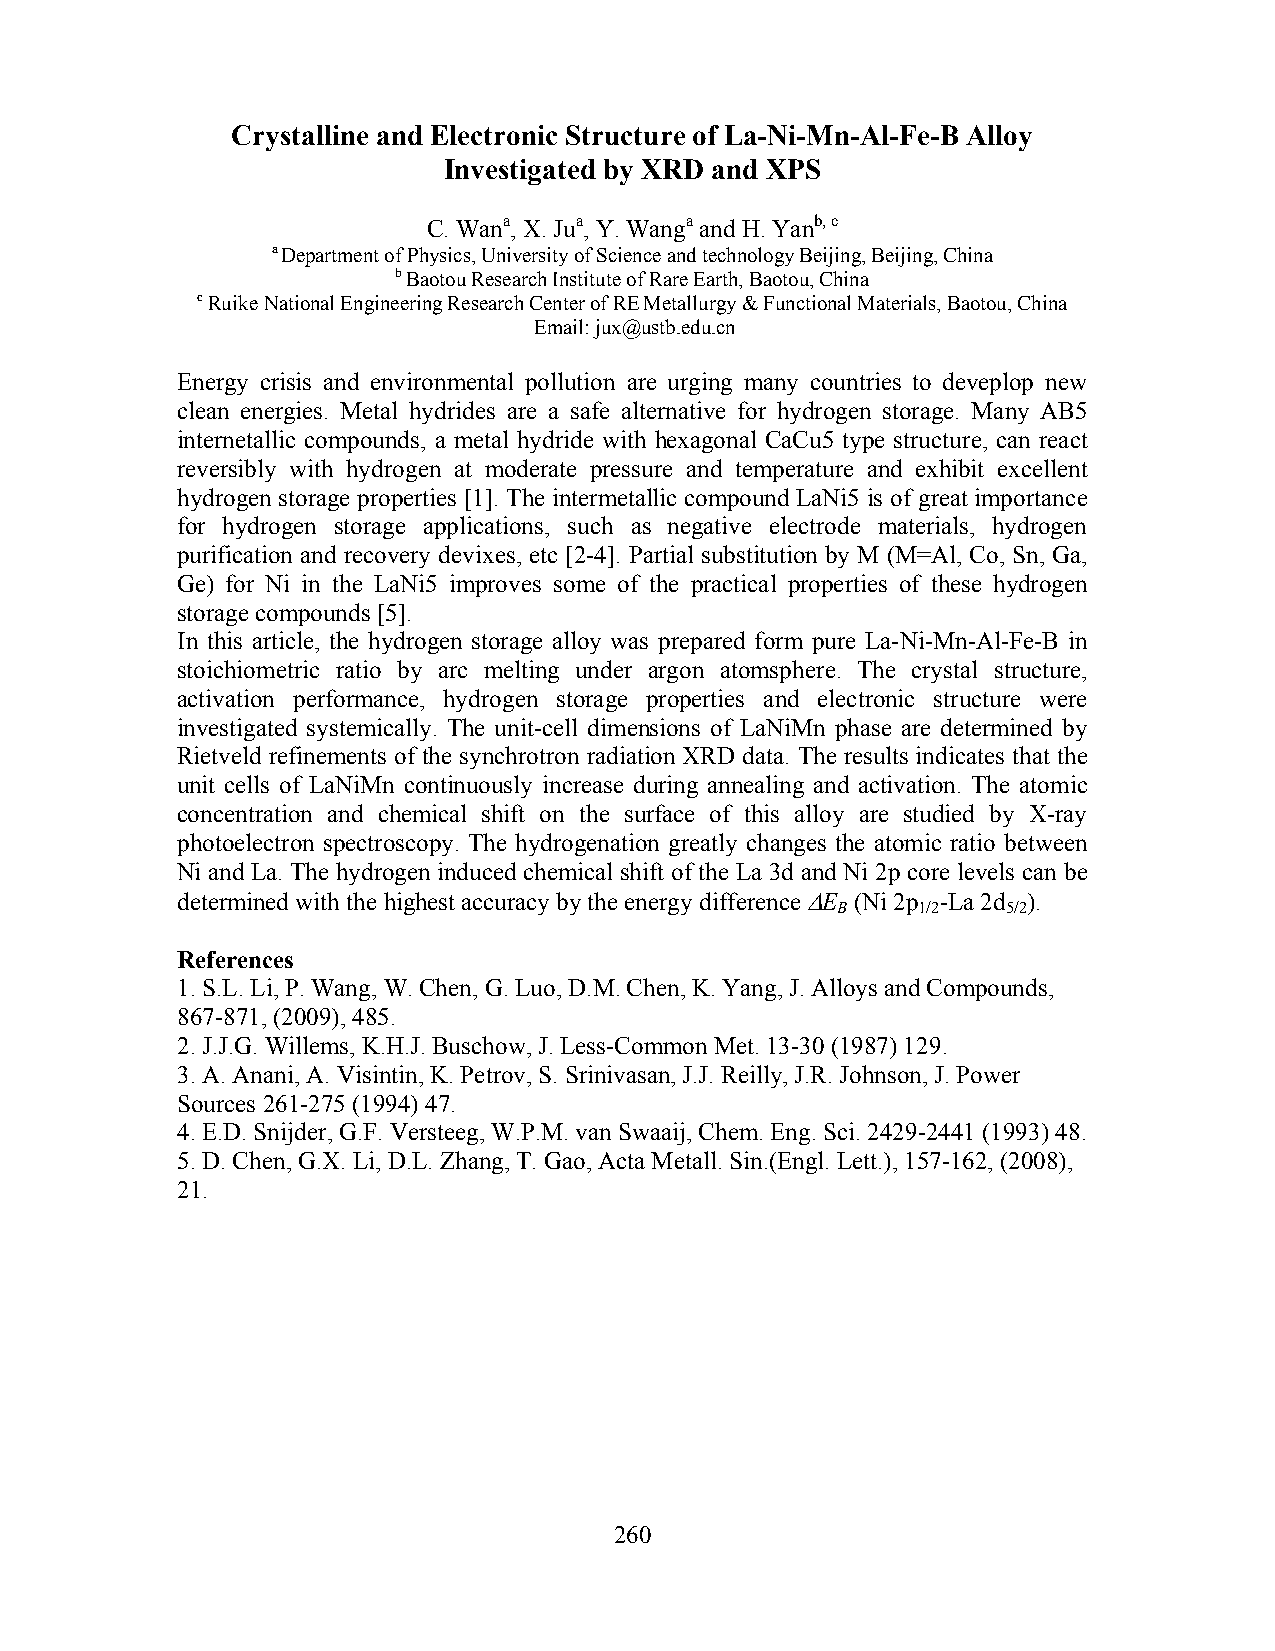
Crystalline and Electronic Structure of La-Ni-Mn-Al-Fe-B Alloy
 Investigated by XRD and XPS
 C. Wana, X. Jua, Y. Wanga and H. Yanb, c
 a Department of Physics, University of Science and technology Beijing, Beijing, China
 b Baotou Research Institute of Rare Earth, Baotou, China
 c Ruike National Engineering Research Center of RE Metallurgy & Functional Materials, Baotou, China
 Email: jux@ustb.edu.cn
 Energy crisis and environmental pollution are urging many countries to deveplop new
 clean energies. Metal hydrides are a safe alternative for hydrogen storage. Many AB5
 internetallic compounds, a metal hydride with hexagonal CaCu5 type structure, can react
 reversibly with hydrogen at moderate pressure and temperature and exhibit excellent
 hydrogen storage properties [1]. The intermetallic compound LaNi5 is of great importance
 for hydrogen storage applications, such as negative electrode materials, hydrogen
 purification and recovery devixes, etc [2-4]. Partial substitution by M (M=Al, Co, Sn, Ga,
 Ge) for Ni in the LaNi5 improves some of the practical properties of these hydrogen
 storage compounds [5].
 In this article, the hydrogen storage alloy was prepared form pure La-Ni-Mn-Al-Fe-B in
 stoichiometric ratio by arc melting under argon atomsphere. The crystal structure,
 activation performance, hydrogen storage properties and electronic structure were
 investigated systemically. The unit-cell dimensions of LaNiMn phase are determined by
 Rietveld refinements of the synchrotron radiation XRD data. The results indicates that the
 unit cells of LaNiMn continuously increase during annealing and activation. The atomic
 concentration and chemical shift on the surface of this alloy are studied by X-ray
 photoelectron spectroscopy. The hydrogenation greatly changes the atomic ratio between
 Ni and La. The hydrogen induced chemical shift of the La 3d and Ni 2p core levels can be
 determined with the highest accuracy by the energy difference ΔE (Ni 2p -La 2d ).
 B     1/2   5/2
 References
 1. S.L. Li, P. Wang, W. Chen, G. Luo, D.M. Chen, K. Yang, J. Alloys and Compounds,
 867-871, (2009), 485.
 2. J.J.G. Willems, K.H.J. Buschow, J. Less-Common Met. 13-30 (1987) 129.
 3. A. Anani, A. Visintin, K. Petrov, S. Srinivasan, J.J. Reilly, J.R. Johnson, J. Power
 Sources 261-275 (1994) 47.
 4. E.D. Snijder, G.F. Versteeg, W.P.M. van Swaaij, Chem. Eng. Sci. 2429-2441 (1993) 48.
 5. D. Chen, G.X. Li, D.L. Zhang, T. Gao, Acta Metall. Sin.(Engl. Lett.), 157-162, (2008),
 21.
 260